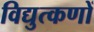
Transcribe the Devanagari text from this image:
विद्युत्कणों